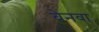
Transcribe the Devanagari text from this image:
बेनवा